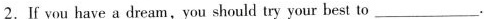
2.If you have a dream，you should try your best to ___.